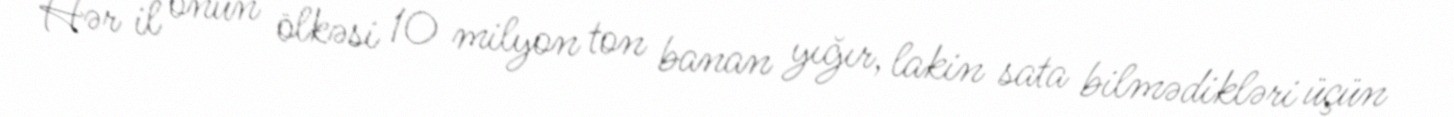
Hər il onun ölkəsi 10 milyon ton banan yığır, lakin sata bilmədikləri üçün